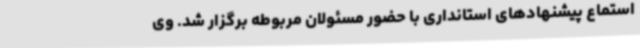
استماع پیشنهادهای استانداری با حضور مسئولان مربوطه برگزار شد. وی